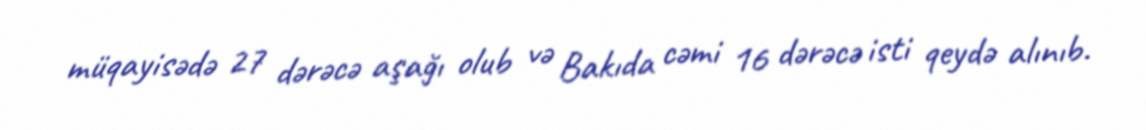
müqayisədə 27 dərəcə aşağı olub və Bakıda cəmi 16 dərəcə isti qeydə alınıb.